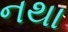
નથા